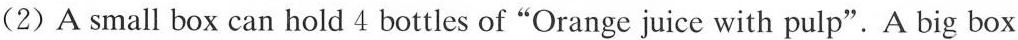
(2)A small box can hold 4 bottles of"Orange juice with pulp".A big box